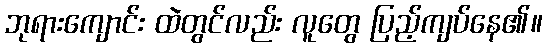
ဘုရားကျောင်း ထဲတွင်လည်း လူတွေ ပြည့်ကျပ်နေ၏။